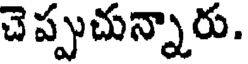
చెప్పుచున్నారు.